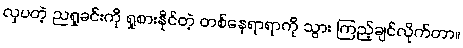
လှပတဲ့ ညရှုခင်းကို ရှုစားနိုင်တဲ့ တစ်နေရာရာကို သွား ကြည့်ချင်လိုက်တာ။